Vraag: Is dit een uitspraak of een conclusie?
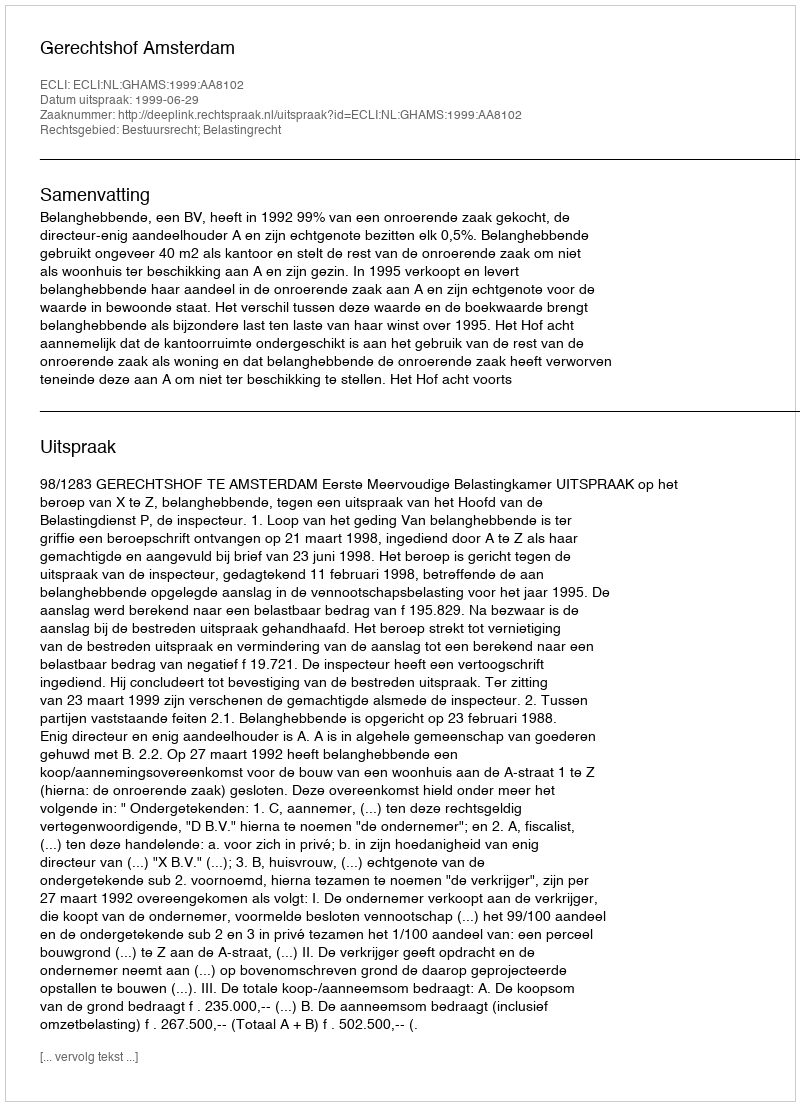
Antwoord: Uitspraak